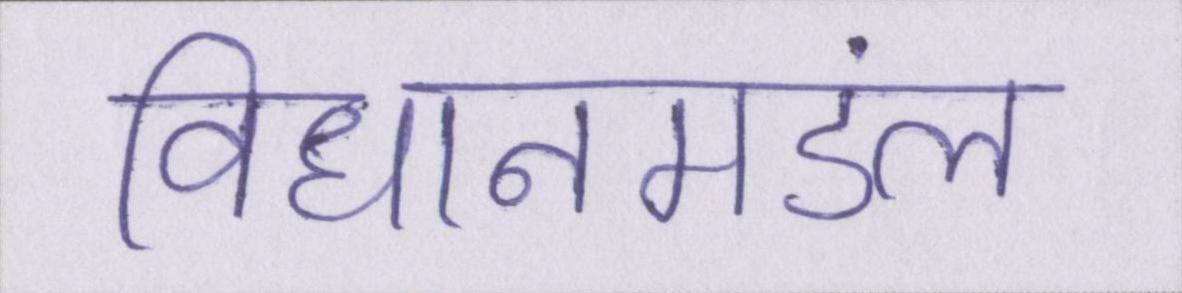
विधानमंडल